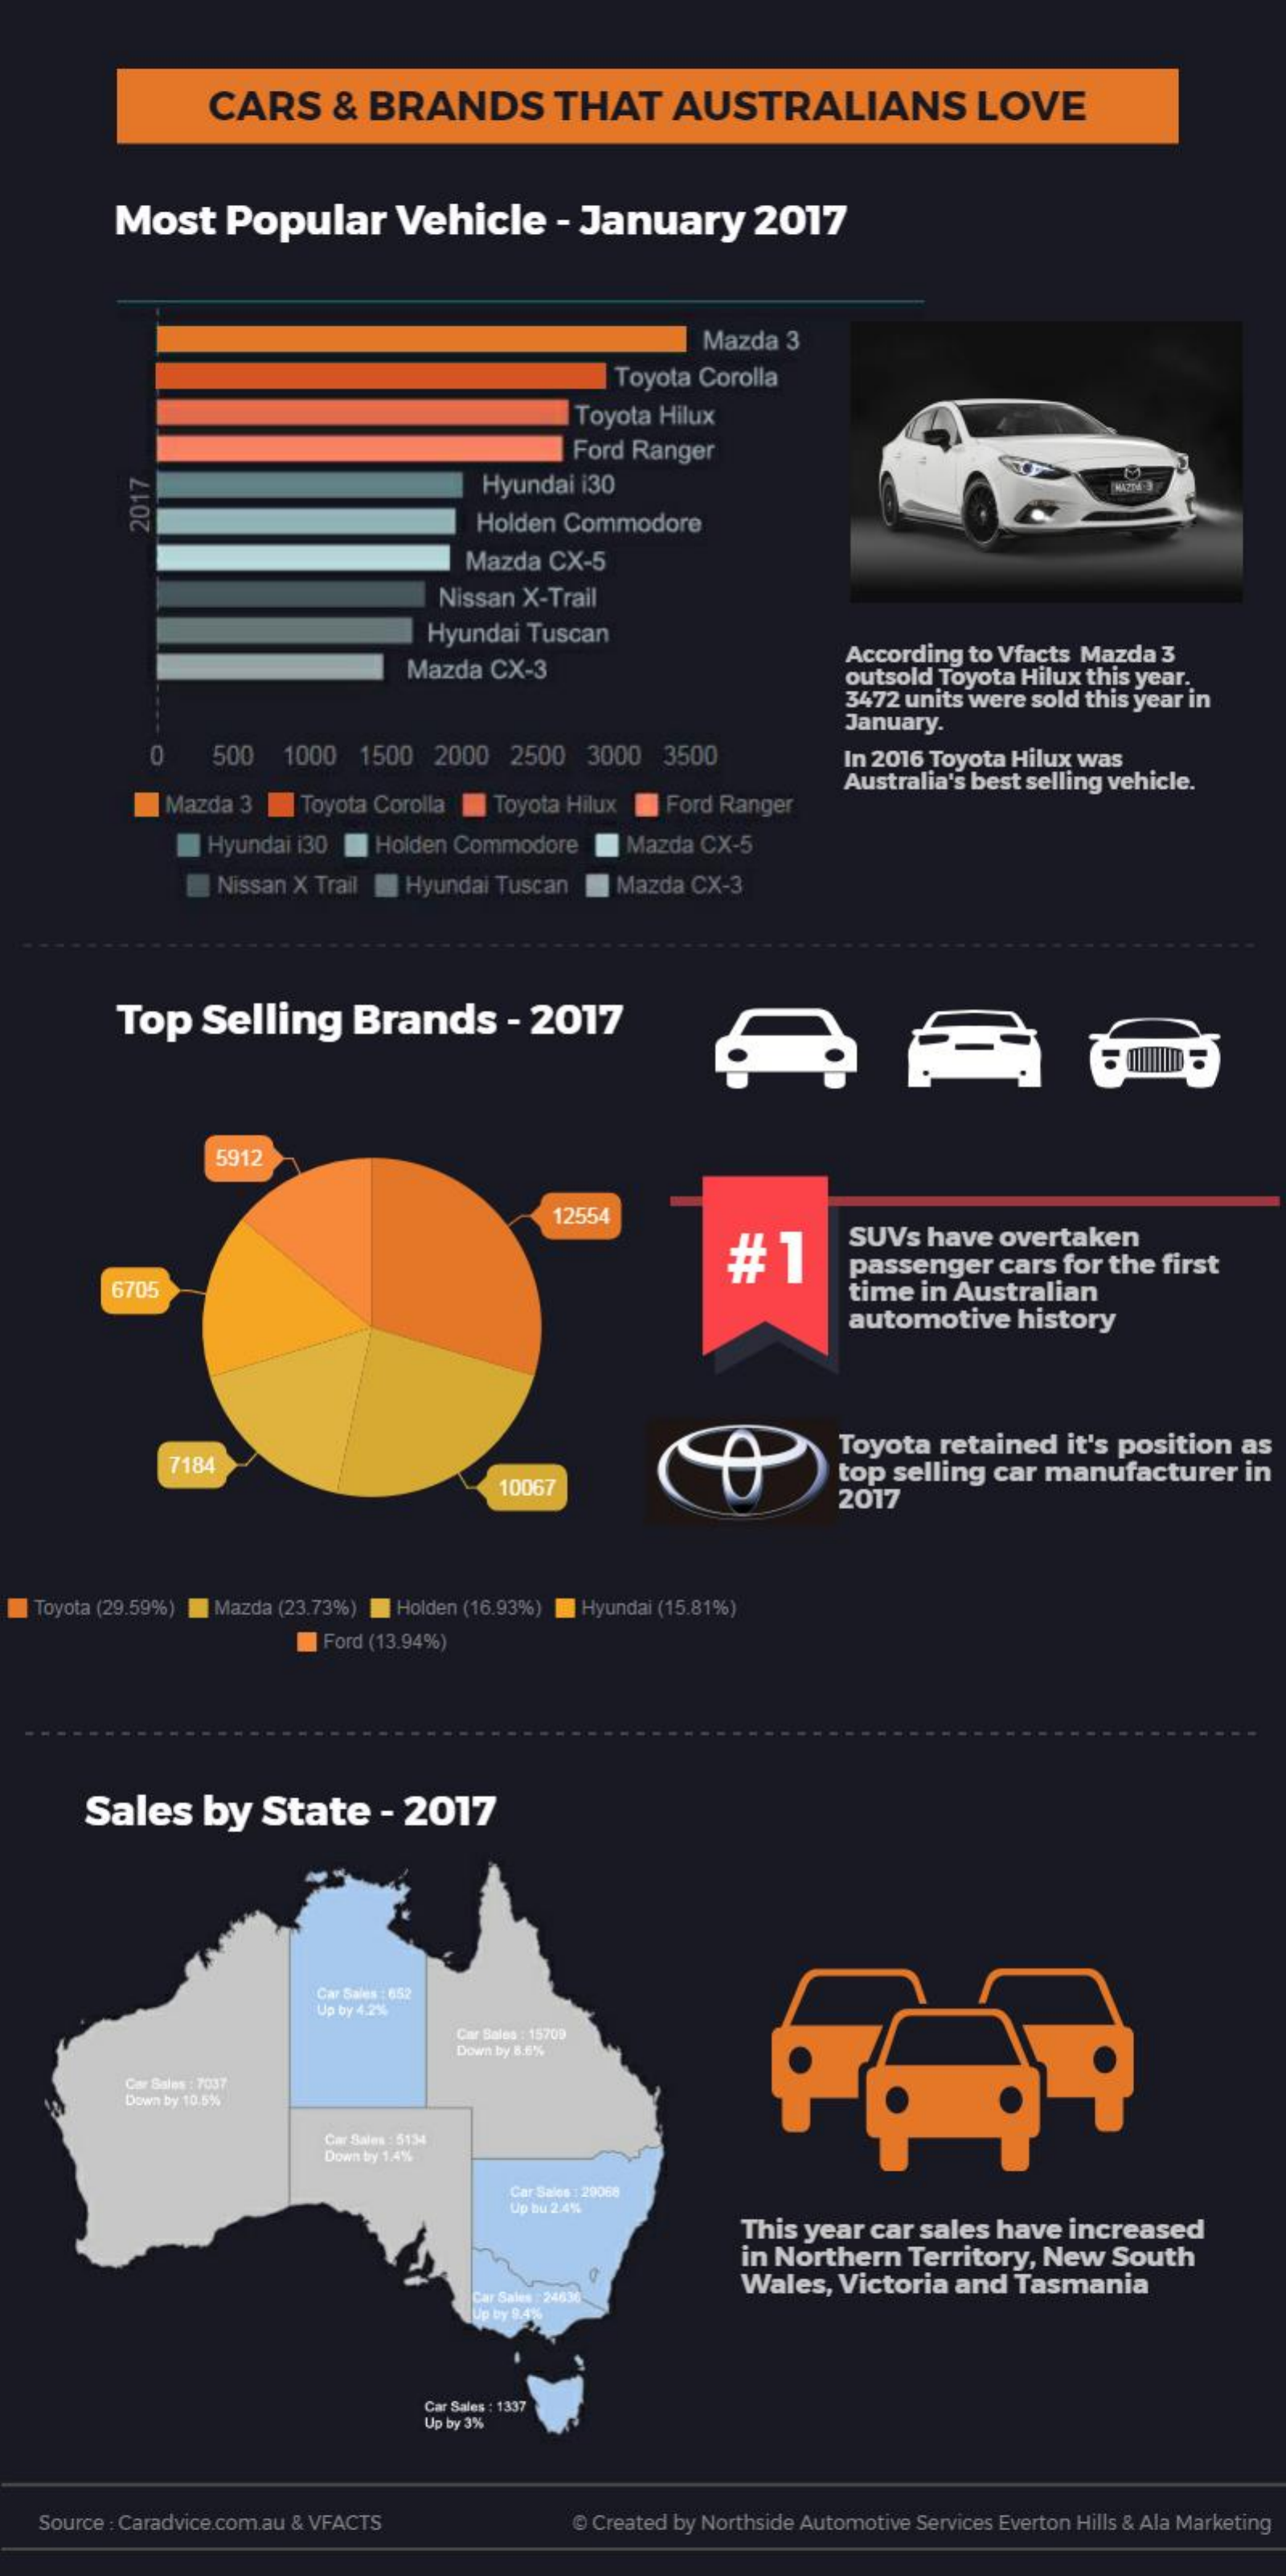
CARS    &  BRANDS    THAT    AUSTRALIANS    LOVE
     Most    Popular    Vehicle    - January    2017
     Mazda 3
     Toyota Corolla
     Toyota Hilux
     Ford Ranger
     Hyundai i30
     Holden Commodore
     2017
     Mazda CX-5
     Nissan X-Trail
     Hyundai Tuscan
     Mazda  CX-3
     According to Vfacts Mazda 3
     outsold Toyota Hilux this year.
     3472 units were sold this year in
     January.
     0    500  1000  1500 2000  2500  3000  3500    In 2016 Toyota Hilux was
     Mazda 3    Toyota Corolla Toyota Hilux Ford Ranger
     Australia's best selling vehicle.
     Hyundai i30 Holden Commodore   Mazda CX-5
     Nissan X Trail Hyundai Tuscan Mazda CX-3
     Top   Selling    Brands    - 2017
     5912
     12554
     #  1
     SUVs have overtaken
     passenger  cars for the first
     6705    time in Australian
     automotive   history
     Toyota retained it's position as
     7184
     10067
     2017
     top selling car manufacturer  in
   Toyota (29.59%) Mazda (23.73%) Holden (16.93%) Hyundai (15.81%)
     Ford (13.94%)
     Sales   by  State    - 2017
     Car Sales : 652
     Up by 4,2%
     Car Sales : 15709
     Down by 8.6%
     Car Sales : 7037
     Down by 10,5%
     Car Sales : 5134
     Down bry 1.4%
     Car Sales 1 29068
     Up bu 2.4%
     This year car sales have increased
     in Northern  Territory, New South
     Car Sales 24636
     Wales,  Victoria and Tasmania
     Up by 9.4%
     Car Sales : 1337
     Up by 3%
   Source : Caradvice.com.au & VFACTS    @ Created by Northside Automotive Services Everton Hills & Ala Marketing